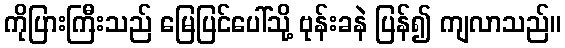
ကိုပြားကြီးသည် မြေပြင်ပေါ်သို့ ဗုန်းခနဲ ပြန်၍ ကျလာသည်။